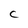
Character: c